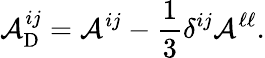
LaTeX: {\cal{A}}_{\mathrm{{D}}}^{ij}={\cal{A}}^{ij}-\frac{1}{3}\delta^{ij}{\cal{A}}^{\ell\ell}.